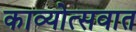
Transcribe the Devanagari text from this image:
काव्योत्सवात